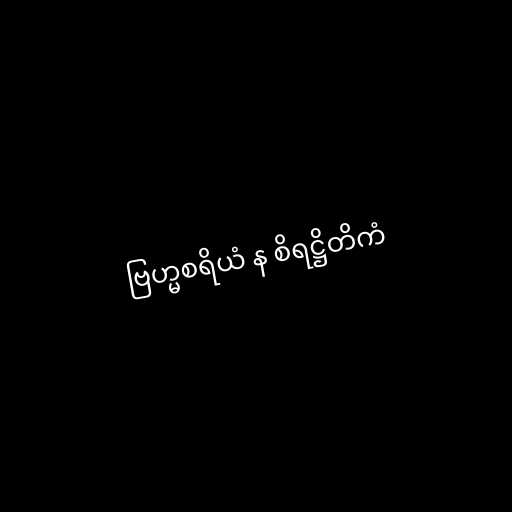
ဗြဟ္မစရိယံ န စိရဋ္ဌိတိကံ